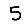
Digit: 5